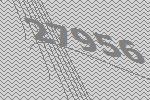
27956